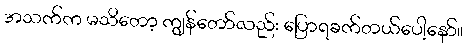
အသက်က မသိတော့ ကျွန်တော်လည်း ပြောရခက်တယ်ပေါ့နော်။